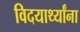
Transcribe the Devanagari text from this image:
विदयार्थ्यांना